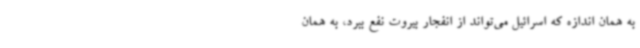
به همان اندازه که اسرائیل می‌تواند از انفجار بیروت نفع ببرد، به همان